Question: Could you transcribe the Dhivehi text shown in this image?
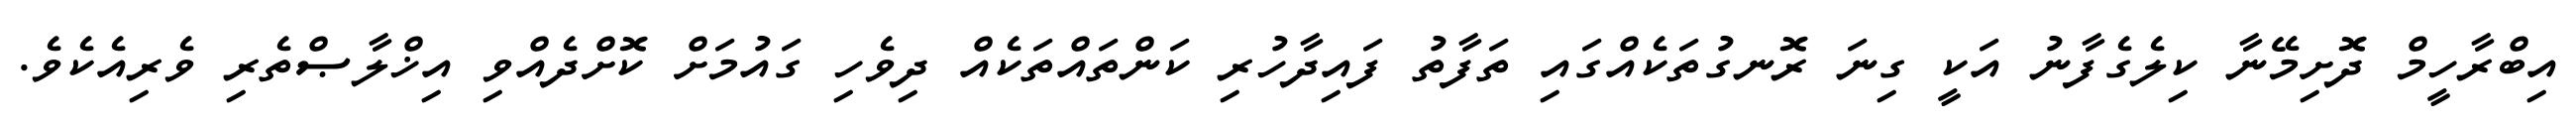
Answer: އިބްރާހީމް ދޮށިމޭނާ ކިލެގެފާނު އަކީ ގިނަ ރޮނގުތަކެއްގައި ތަފާތު ފައިދާހުރި ކަންތައްތަކެއް ދިވެހި ގައުމަށް ކޮށްދެއްވި އިޚްލާޞްތެރި ވެރިއެކެވެ.